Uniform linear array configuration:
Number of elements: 24
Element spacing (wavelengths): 0.25
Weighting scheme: cosine
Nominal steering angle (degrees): -60
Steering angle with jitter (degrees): -61.097
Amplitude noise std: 0.05
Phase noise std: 0.05

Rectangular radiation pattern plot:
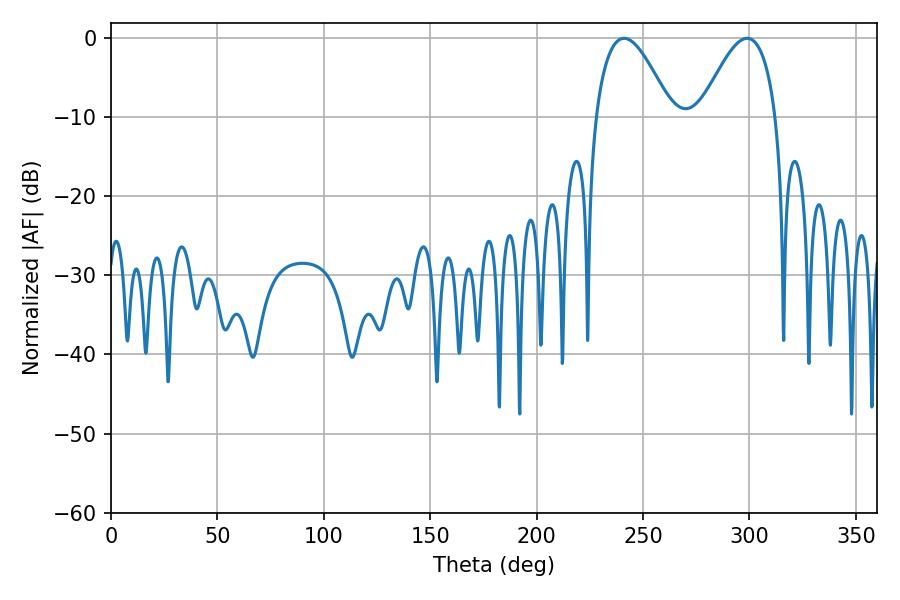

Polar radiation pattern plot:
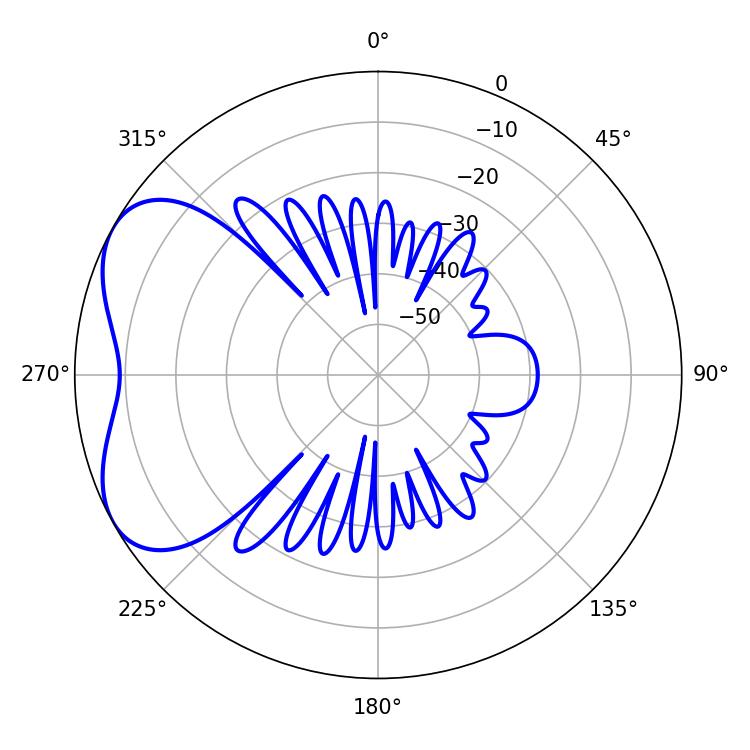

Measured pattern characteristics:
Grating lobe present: FALSE
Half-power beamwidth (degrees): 19.44
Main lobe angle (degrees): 241.02